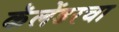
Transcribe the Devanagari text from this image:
कॅलेंडरचा